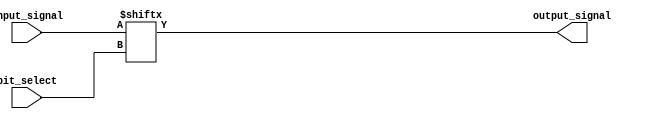
module bit_select_assign(
    input [7:0] input_signal,
    input [2:0] bit_select,
    output reg output_signal
);

always @(*) begin
    output_signal = input_signal[bit_select];
end

endmodule